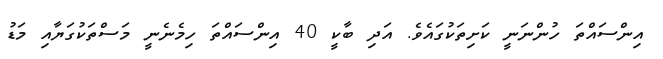
އިންސައްތަ ހުންނަނީ ކަށިތަކުގައެވެ. އަދި ބާކީ 40 އިންސައްތަ ހިމެނެނީ މަސްތަކުގަޔާއި މަޑު